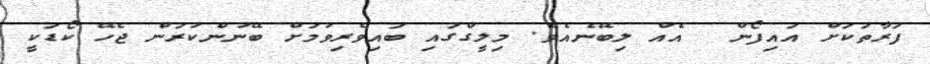
ފަރާތަކަށް އައިފޯން  އެއް ލިބޭނެއެވެ. މިލީގްގައި ބައިވެރިވުމަށް ބޭނުންކުރަން ޖެހޭ ކޯޑަކީ